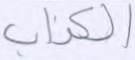
الكذاب